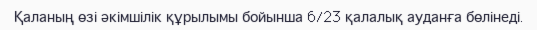
Қаланың өзі әкімшілік құрылымы бойынша 6/23 қалалық ауданға бөлінеді.